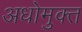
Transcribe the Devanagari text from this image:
अधोमुक्त